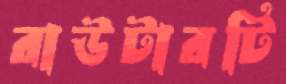
রাউটারটি